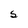
Character: S